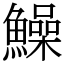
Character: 鱢